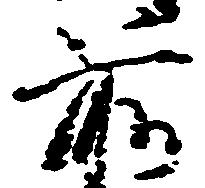
前